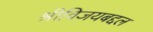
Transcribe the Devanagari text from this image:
श्रीविजयबद्दल